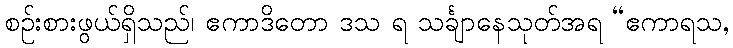
စဉ်းစားဖွယ်ရှိသည်၊ ဧကာဒိတော ဒသ ရ သင်္ချာနေသုတ်အရ “ဧကာရသ,